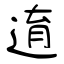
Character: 逳